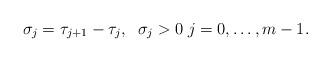
LaTeX: \begin{align*}\sigma_j = \tau_{j+1} - \tau_j, \;\; \sigma_j>0\; j=0,\ldots, m-1.\end{align*}